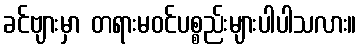
ခင်ဗျားမှာ တရားမဝင်ပစ္စည်းများပါပါသလား။